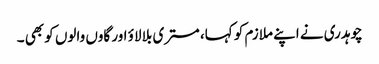
چوہدری نے اپنے ملازم کو کہا، مستری بلا لاؤ اور گاوں والوں کو بھی ۔